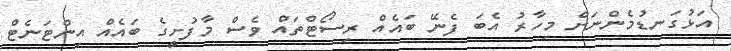
އަޅުގަނޑުމެންނަށް މިހާރު އެބަ ފެނޭ ބައެއް ރިސޯޓްތައް ވެސް މާފުށީގެ ބައެއް އިންޓަނެޓް